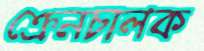
ক্রেনচালক